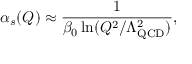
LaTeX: \alpha _ { s } ( Q ) \approx { \frac { 1 } { \beta _ { 0 } \ln ( { Q ^ { 2 } / \Lambda _ { \small \mathrm { Q C D } } ^ { 2 } } ) } } ,